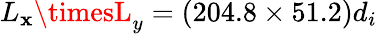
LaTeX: L_{\mathbf{x}}\timesL_{y}=(204.8\times51.2)d_{i}